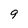
Character: 9